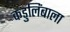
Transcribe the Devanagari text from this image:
कडुलिंबाला